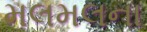
મલમલના